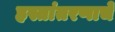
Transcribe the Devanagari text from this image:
हस्तांतरणाचे